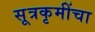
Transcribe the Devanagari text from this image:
सूत्रकृमींचा